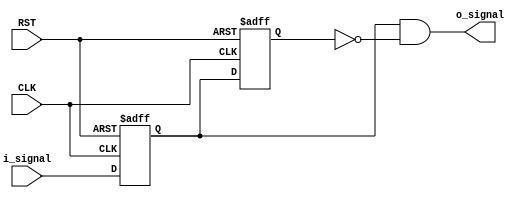
module PULSE_GEN (
    // I/O Ports
    input  wire CLK, RST,
    input  wire i_signal,
    output wire o_signal
);

// Internal Signals
reg First_FF;
reg Second_FF;

// Active Low Asynchronous Reset
always @(posedge CLK or negedge RST) begin
    if(!RST) begin
        First_FF  <= 1'b0;
        Second_FF <= 1'b0;
    end
    else begin
       First_FF  <=  i_signal;
       Second_FF <=  First_FF;
    end
end

// Pulse Generator
assign o_signal = First_FF && !Second_FF;
    
endmodule